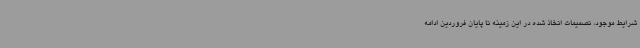
شرایط موجود، تصمیمات اتخاذ شده در این زمینه تا پایان فروردین ادامه